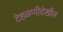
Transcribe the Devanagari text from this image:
टेहळणीदेखील